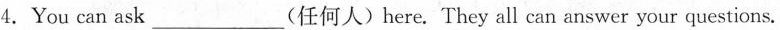
4.You can ask___(任何人)here. They all can answer your questions.